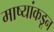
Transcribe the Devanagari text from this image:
माष्यांकडून